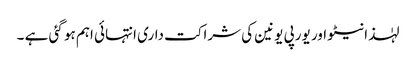
لہٰذا نیٹو اور یورپی یونین کی شراکت داری انتہائی اہم ہو گئی ہے ۔